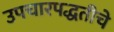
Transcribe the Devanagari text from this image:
उपचारपद्धतीचे